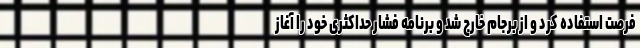
فرصت استفاده کرد و از برجام خارج شد و برنامه فشار حداکثری خود را آغاز